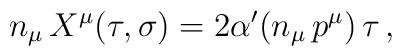
n_{\mu} \, X^{\mu} (\tau , \sigma) = 2 \alpha' (n_{\mu} \, p^{\mu})\, \tau \, ,